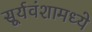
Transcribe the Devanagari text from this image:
सूर्यवंशामध्ये